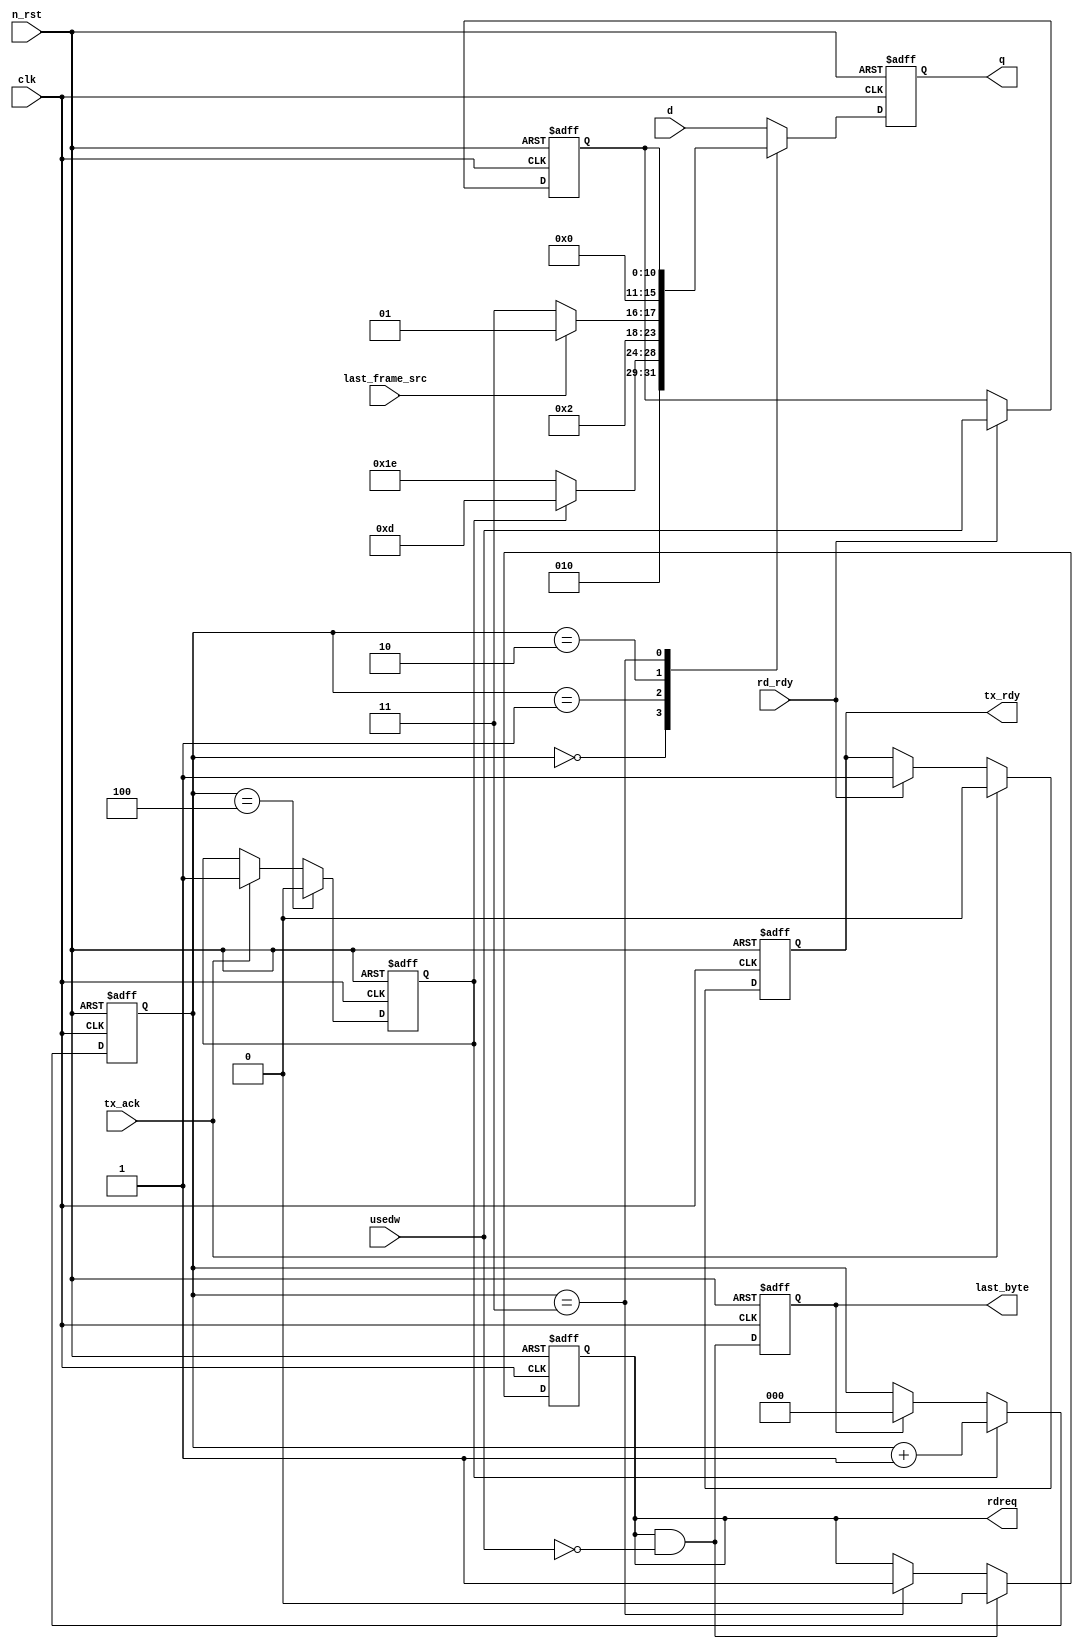
module hsi_monitor_reader (
	input clk,
	input n_rst,
	
	output reg tx_rdy,
	input tx_ack,
	input rd_rdy,
	
	output reg rdreq,
	
	input[10:0] usedw,
	
	output reg last_byte,
	
	input [7:0] d,
	input last_frame_src,
	output reg[7:0] q
);

`define MSTR_MNTR_ADDR 8'h0B
`define SLV_MNTR_ADDR  8'h09

always@(posedge clk or negedge n_rst)
begin
	if(n_rst == 0)
		tx_rdy = 0;
	else if(tx_ack)
		tx_rdy = 0;
	else if(rd_rdy)
		tx_rdy = 1;
end

reg[10:0] usedw_reg;
always@(posedge clk or negedge n_rst)
begin
	if(n_rst == 0)
		usedw_reg = 0;
	else if(rd_rdy) 
		usedw_reg = usedw;
end

wire[7:0] USEDW_H,
			 USEDW_L;

assign USEDW_H[7:3] = 0; 
assign USEDW_H[2:0] = usedw_reg[10:8];

assign USEDW_L = usedw_reg[7:0];

wire[7:0] ADDR = last_frame_src ? `SLV_MNTR_ADDR : `MSTR_MNTR_ADDR;

reg bc_en;
always@(posedge clk or negedge n_rst)
begin
	if(n_rst == 0)
		bc_en = 0;
	else if(bc == 4) 
		bc_en = 0;
	else if(tx_ack)
		bc_en = 1;
end

reg[2:0] bc;
always@(posedge clk or negedge n_rst)
begin
	if(n_rst == 0)
		bc = 0;
	else if(bc_en) 
		bc = bc + 1;
	else if(last_byte)
		bc = 0;
end
always@(posedge clk or negedge n_rst)
begin
	if(n_rst == 0)
		q = 0;
	else 
		begin
			case(bc)
			0: q = bc_en ? 8'h4D : 8'h5E;
			1: q = ADDR;
			2: q = USEDW_H;
			3: q = USEDW_L;
			default: q = d;
			endcase
		end
end

wire stop_rd = (rdreq & (usedw == 0));

always@(posedge clk or negedge n_rst)
begin
	if(n_rst == 0)
		rdreq = 0;
	else if(stop_rd)
		rdreq = 0;
	else if(bc == 3) 
		rdreq = 1;
end

always@(posedge clk or negedge n_rst)
begin
	if(n_rst == 0)
		last_byte = 0;
	else 
		last_byte = stop_rd;
end


endmodule